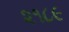
૨૧૮૯